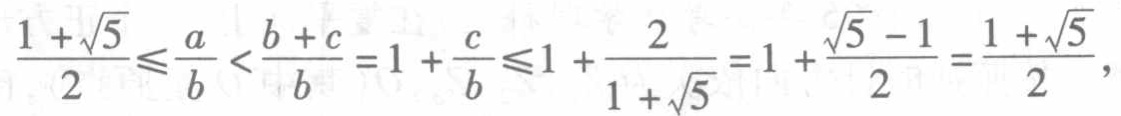
\(\frac{1 + \sqrt{5}}{2} \leqslant \frac{a}{b} < \frac{b + c}{b} = 1 + \frac{c}{b} \leqslant 1 + \frac{2}{1 + \sqrt{5}} = 1 + \frac{\sqrt{5} - 1}{2} = \frac{1 + \sqrt{5}}{2},\)